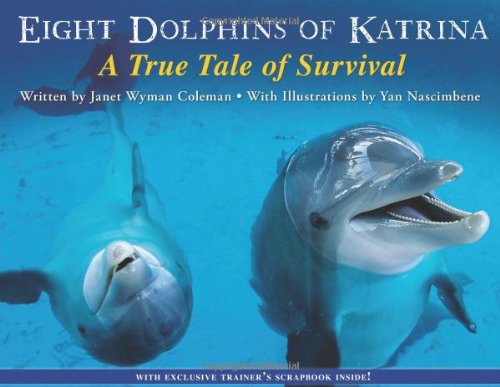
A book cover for Eight Dolphins of Katrina: A True Tale of Survival; Janet Wyman Coleman; Children's Books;